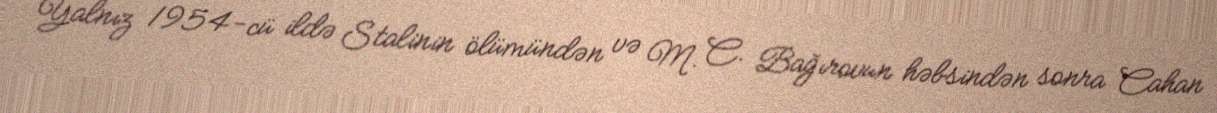
Yalnız 1954-cü ildə Stalinin ölümündən və M. C. Bağırovun həbsindən sonra Cahan